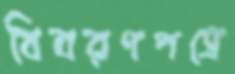
বিবরণপত্রে